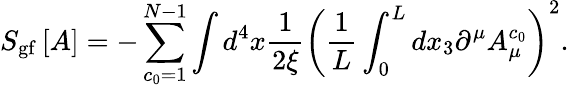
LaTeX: S_{\mathrm{gf}}\left[A\right]=-\sum_{c_{0}=1}^{N-1}\int d^{4}x\frac{1}{2\xi}\left(\frac{1}{L}\int_{0}^{L}dx_{3}\partial^{\mu}A_{\mu}^{c_{0}}\right)^{2}.